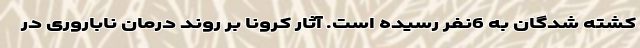
کشته شدگان به 6نفر رسیده است. آثار کرونا بر روند درمان ناباروری در